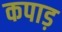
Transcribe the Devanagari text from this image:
कपाड़